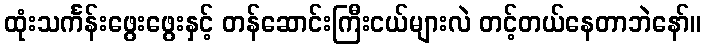
ထုံးသင်္ကန်းဖွေးဖွေးနှင့် တန်ဆောင်းကြီးငယ်များလဲ တင့်တယ်နေတာဘဲနော်။